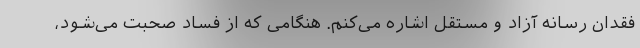
فقدان رسانه آزاد و مستقل اشاره می‌کنم. هنگامی که از فساد صحبت می‌شود،